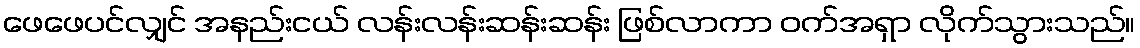
ဖေဖေပင်လျှင် အနည်းငယ် လန်းလန်းဆန်းဆန်း ဖြစ်လာကာ ဝက်အရှာ လိုက်သွားသည်။